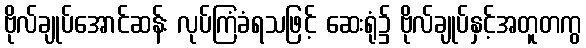
ဗိုလ်ချုပ်အောင်ဆန်း လုပ်ကြံခံရသဖြင့် ဆေးရုံ၌ ဗိုလ်ချုပ်နှင့်အတူတကွ